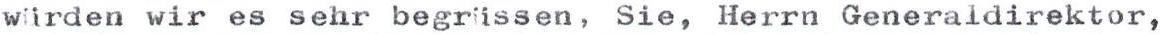
würden wir es sehr begrüssen, Sie, Herrn Generaldirektor,